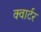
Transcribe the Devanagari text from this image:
क्‍वार्टर